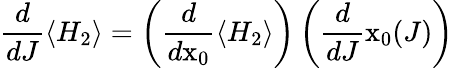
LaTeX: \frac{d}{dJ}\langle H_{2}\rangle=\left(\frac{d}{d\mathrm{x}_{0}}\langle H_{2}\rangle\right)\left(\frac{d}{dJ}\mathrm{x}_{0}(J)\right)